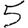
Digit: 5